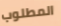
المطلوب